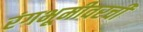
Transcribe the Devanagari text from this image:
रंगभूमीवरची